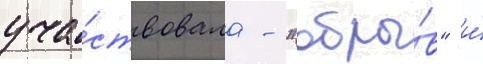
уча́ствовала - "обры́в" и́